Lunatic asylums Central Provinces reports 1886-1894 - 1886-1894
Year: 1886
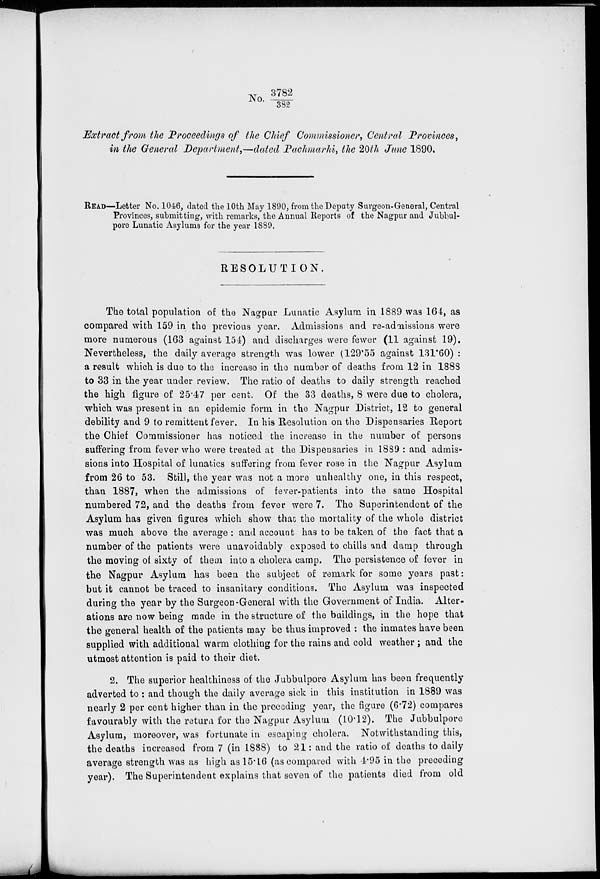
No. 3782/382
Extract from the Proceedings of the Chief Commissioner, Central Provinces,
in the General Department,—dated Pachmarhi, the 20th June 1890.
READ—Letter No. 1046, dated the 10th May 1890, from the Deputy Surgeon-General, Central
Provinces, submitting, with remarks, the Annual Reports of the Nagpur and Jubbul¬
pore Lunatic Asylums for the year 1889.
RESOLUTION.
The total population of the Nagpur Lunatic Asylum in 1889 was 164, as
compared with 159 in the previous year. Admissions and re-admissions were
more numerous (163 against 154) and discharges were fewer (11 against 19).
Nevertheless, the daily average strength was lower (129.55 against 131.60):
a result which is due to the increase in the number of deaths from 12 in 1888
to 33 in the year under review. The ratio of deaths to daily strength reached
the high figure of 25.47 per cent. Of the 33 deaths, 8 were due to cholera,
which was present in an epidemic form in the Nagpur District, 12 to general
debility and 9 to remittent fever. In his Resolution on the Dispensaries Report
the Chief Commissioner has noticed the increase in the number of persons
suffering from fever who were treated at the Dispensaries in 1889 : and admis-
sions into Hospital of lunatics suffering from fever rose in the Nagpur Asylum
from 26 to 53. Still, the year was not a more unhealthy one, in this respect,
than 1887, when the admissions of fever-patients into the same Hospital
numbered 72, and the deaths from fever were 7. The Superintendent of the
Asylum has given figures which show that the mortality of the whole district
was much above the average : and account has to be taken of the fact that a
number of the patients were unavoidably exposed to chills and damp through
the moving of sixty of them into a cholera camp. The persistence of fever in
the Nagpur Asylum has been the subject of remark for some years past:
but it cannot be traced to insanitary conditions. The Asylum was inspected
during the year by the Surgeon-General with the Government of India. Alter-
ations are now being made in the structure of the buildings, in the hope that
the general health of the patients may be thus improved : the inmates have been
supplied with additional warm clothing for the rains and cold weather ; and the
utmost attention is paid to their diet.
2. The superior healthiness of the Jubbulpore Asylum has been frequently
adverted to : and though the daily average sick in this institution in 1889 was
nearly 2 per cent higher than in the preceding year, the figure (6.72) compares
favourably with the return for the Nagpur Asylum (10.12). The Jubbulpore
Asylum, moreover, was fortunate in escaping cholera. Notwithstanding this,
the deaths increased from 7 (in 1888) to 21: and the ratio of deaths to daily
average strength was as high as 15.16 (as compared with 4.95 in the preceding
year). The Superintendent explains that seven of the patients died from old